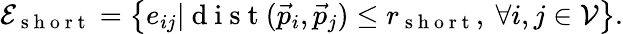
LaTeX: \mathcal{E}_{\mathrm{~s~h~o~r~t~}}=\left\{ e_{ij}|\mathrm{~d~i~s~t~}(\vec{p}_{i},\vec{p}_{j})\leq r_{\mathrm{~s~h~o~r~t~}},\ \forall i,j\in\mathcal{V}\right\} .